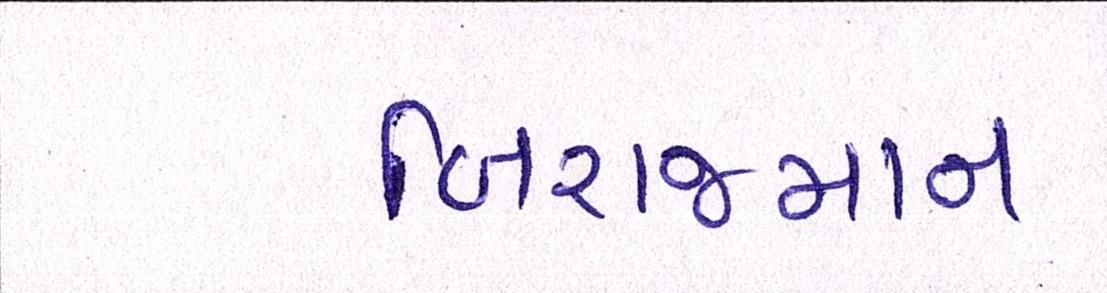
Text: બિરાજમાન